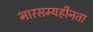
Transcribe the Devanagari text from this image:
भारसम्यहीनता